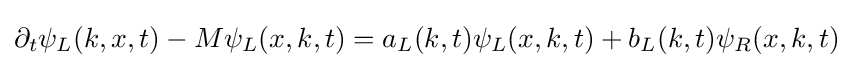
\partial _{t}\psi _{L}(k,x,t)-M\psi _{L}(x,k,t)=a_{L}(k,t)\psi _{L}(x,k,t)+b_{L}(k,t)\psi _{R}(x,k,t)